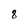
Character: 8